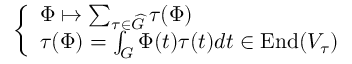
\left\{ \begin{array} { l l } { \Phi \mapsto \sum _ { \tau \in { \widehat { G } } } \tau ( \Phi ) } \\ { \tau ( \Phi ) = \int _ { G } \Phi ( t ) \tau ( t ) d t \in { \mathrm { E n d } } ( V _ { \tau } ) } \end{array} \right.